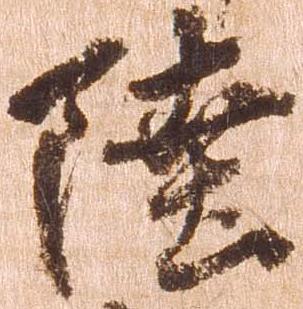
陸